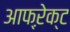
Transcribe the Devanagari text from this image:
आफ्ऱेक्ट